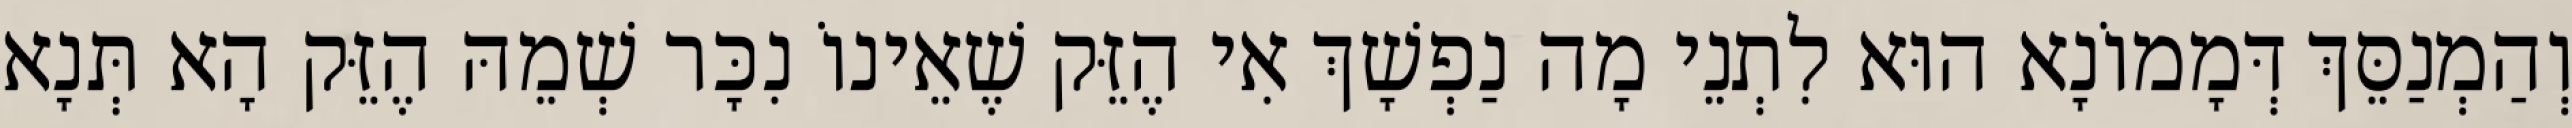
וְהַמְנַסֵּךְ דְּמָמוֹנָא הוּא לִתְנֵי מָה נַפְשָׁךְ אִי הֶזֵּק שֶׁאֵינוֹ נִכָּר שְׁמֵהּ הֶזֵּק הָא תְּנָא